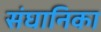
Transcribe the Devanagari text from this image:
संघानिका